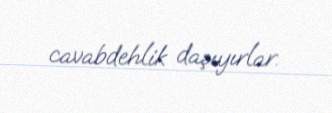
cavabdehlik daşıyırlar.